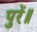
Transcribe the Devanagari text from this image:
पुरें॥